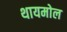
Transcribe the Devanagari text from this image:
थायमोल